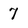
Character: 7